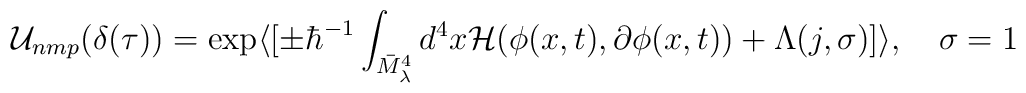
{\cal U}_{nmp} (\delta(\tau))  = \exp \langle [\pm \hbar^{-1} \int_{\bar{M}^4_\lambda}d^4x {\cal H}(\phi(x,t), \partial \phi(x,t)) +\Lambda(j,\sigma) ]\rangle, \quad \sigma =1